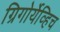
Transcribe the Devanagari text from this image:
ग्रिगोर्येव्हिच